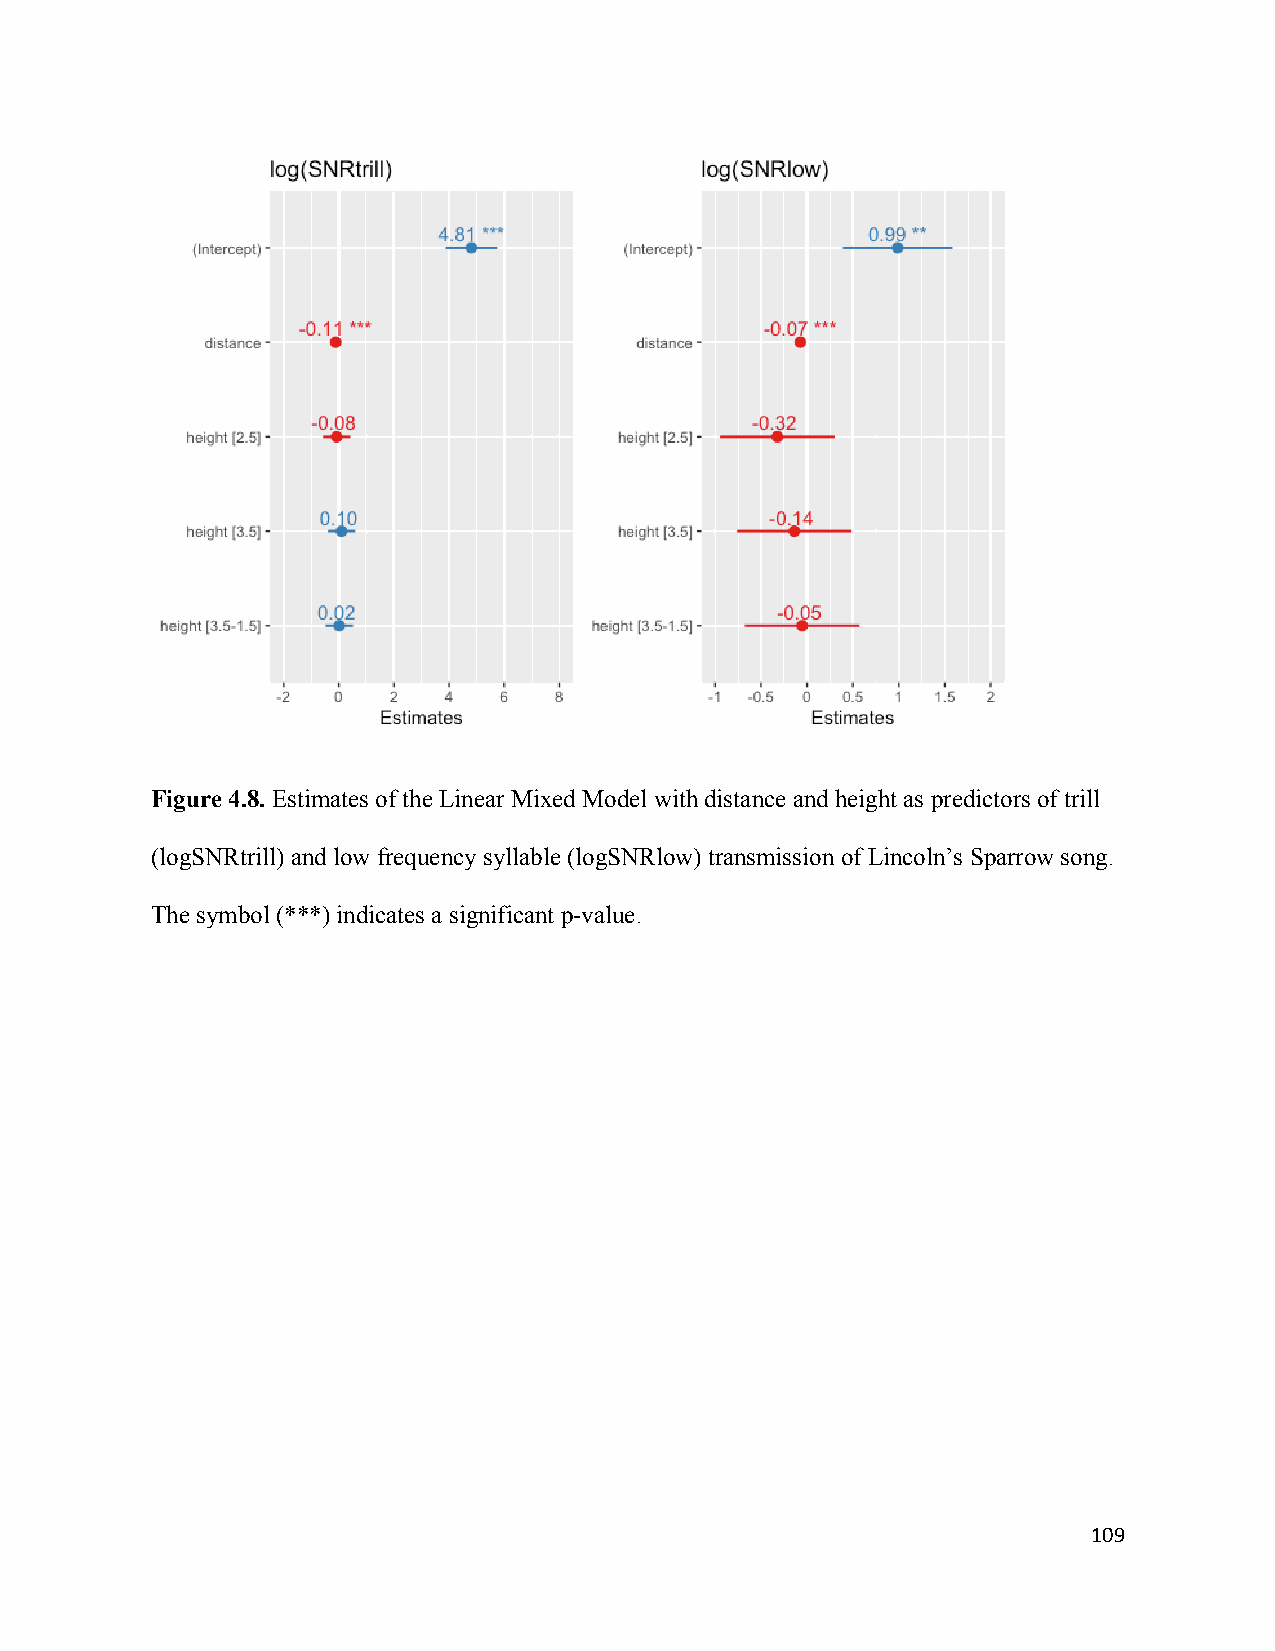
Figure 4.8. Estimates of the Linear Mixed Model with distance and height as predictors of trill
 (logSNRtrill) and low frequency syllable (logSNRlow) transmission of Lincoln’s Sparrow song.
 The symbol (***) indicates a significant p-value.
 109